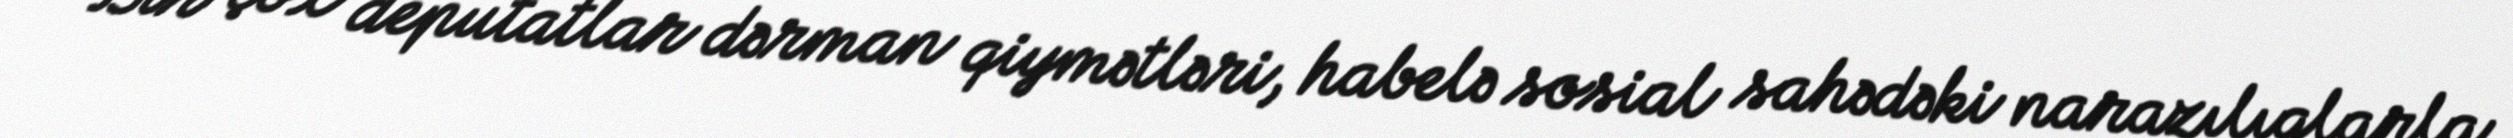
Bir çox deputatlar dərman qiymətləri, habelə sosial sahədəki narazılıqlarla